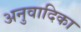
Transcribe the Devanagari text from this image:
अनुवादिका